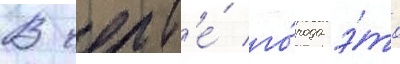
В черт'е́ го́рода э́то